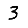
Digit: 3